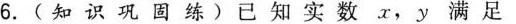
6.(知识巩固练)已知实数x，y满足